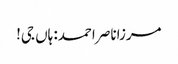
مرزاناصر احمد: ہاں جی!